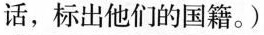
话,标出他们的国籍。)